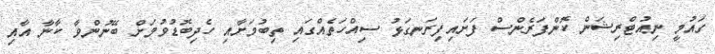
ގައުމީ ނިއުޓްރިޝަން ކޮންފަރެންސް ފަށައިފިރަނގަޅު ސިއްހަތެއްގައި ތިބުމަށާއި ހެދިބޮޑުވުމަށް ބޭނުންވާ ކާނާ އާއި